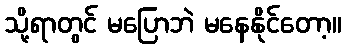
သို့ရာတွင် မပြောဘဲ မနေနိုင်တော့။